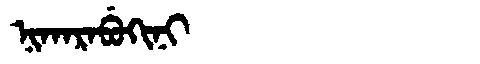
Manchu: ᠨᡳᡴᠠᡵᠠᠪᡠᡴᡳᠨᡳ
Romanization: NIKARABUKINI